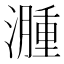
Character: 𬉎